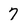
Character: 7